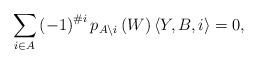
LaTeX: \begin{align*}\sum_{i\in A}\left(-1\right)^{\#i}p_{A\backslash i}\left(W\right)\langle Y,B,i\rangle & =0, \end{align*}